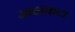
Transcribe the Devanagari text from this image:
आहाकटा